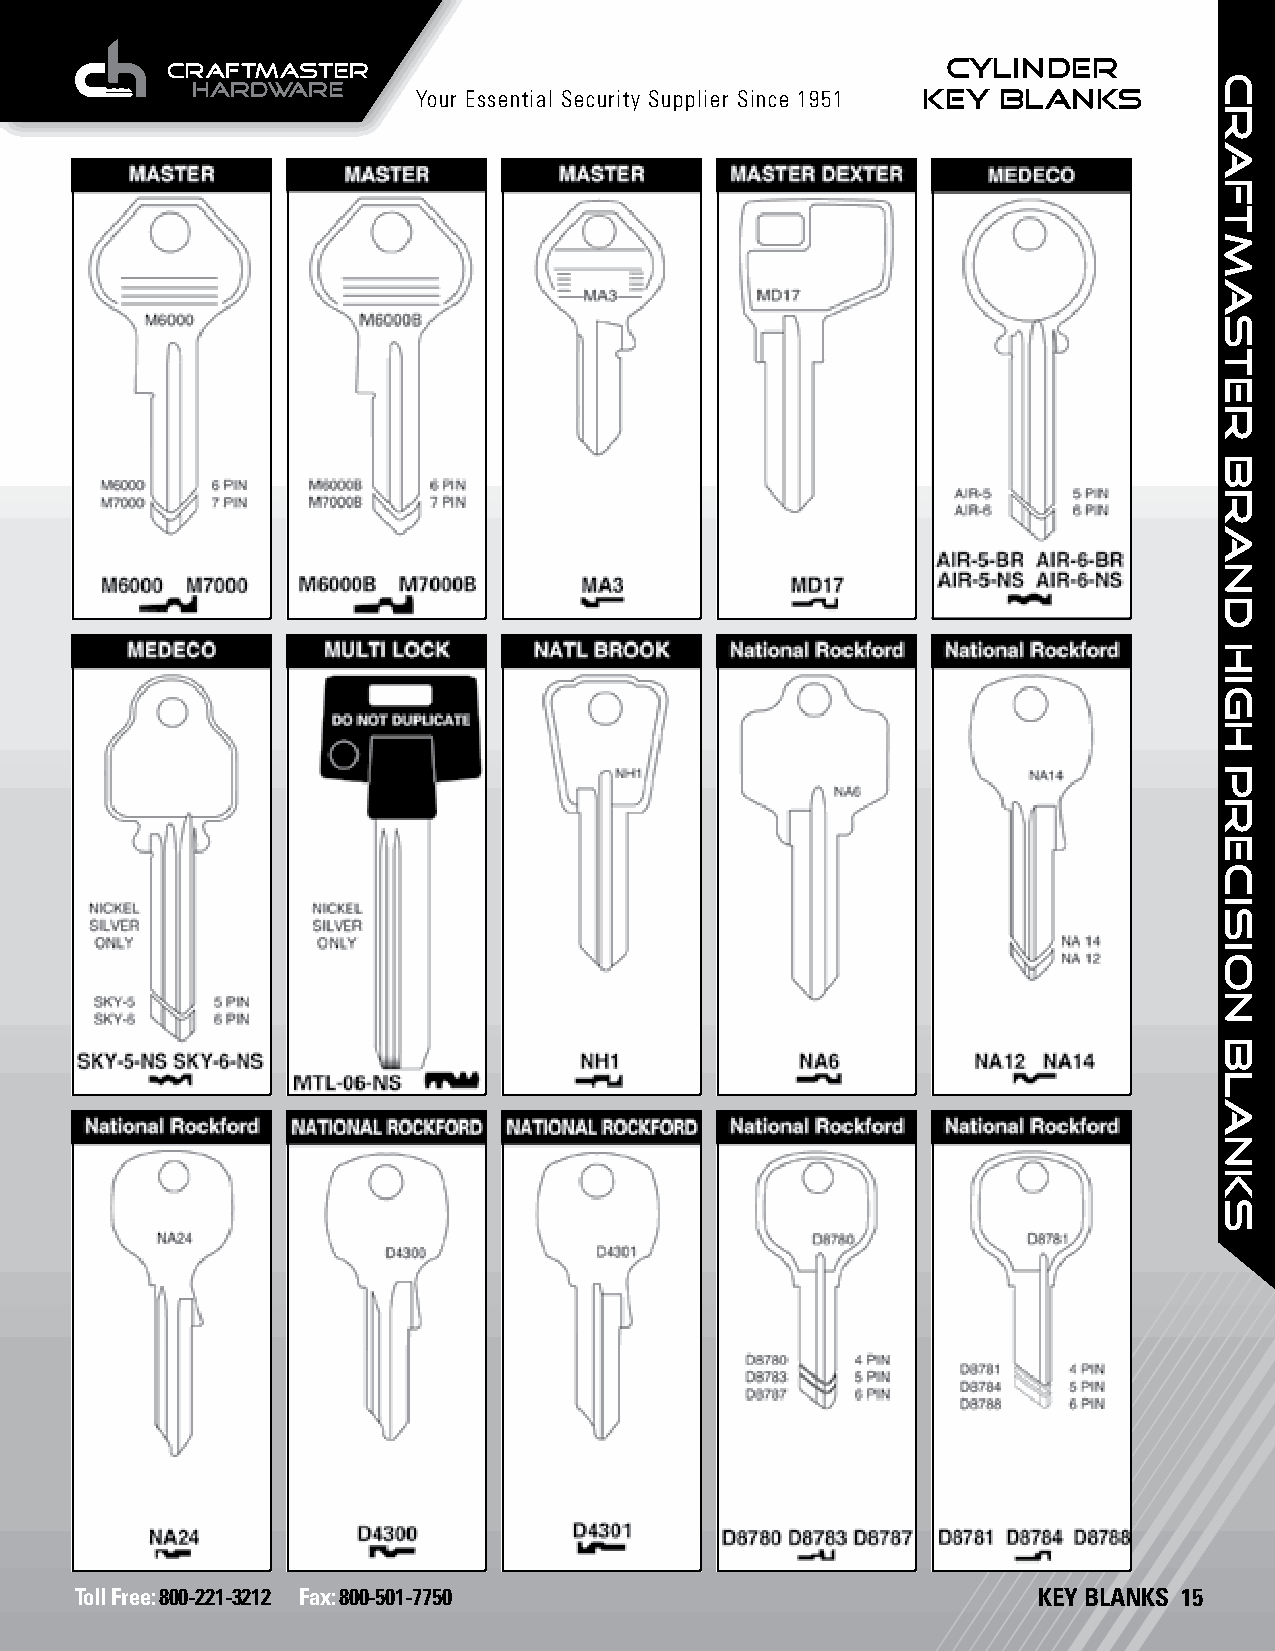
CYLINDER
 Your Essential Security Supplier Since 1951 KEY BLANKS
 Toll Free: 800-221-3212 Fax: 800-501-7750                       KEY BLANKS 15
 craftmaster
 brand
 HIGH
 PRECISION
 BLANKS